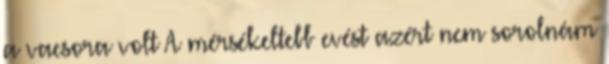
a vacsora volt A mérsékeltebb evést azért nem sorolnám